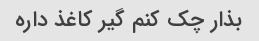
بذار چک کنم گیر کاغذ داره